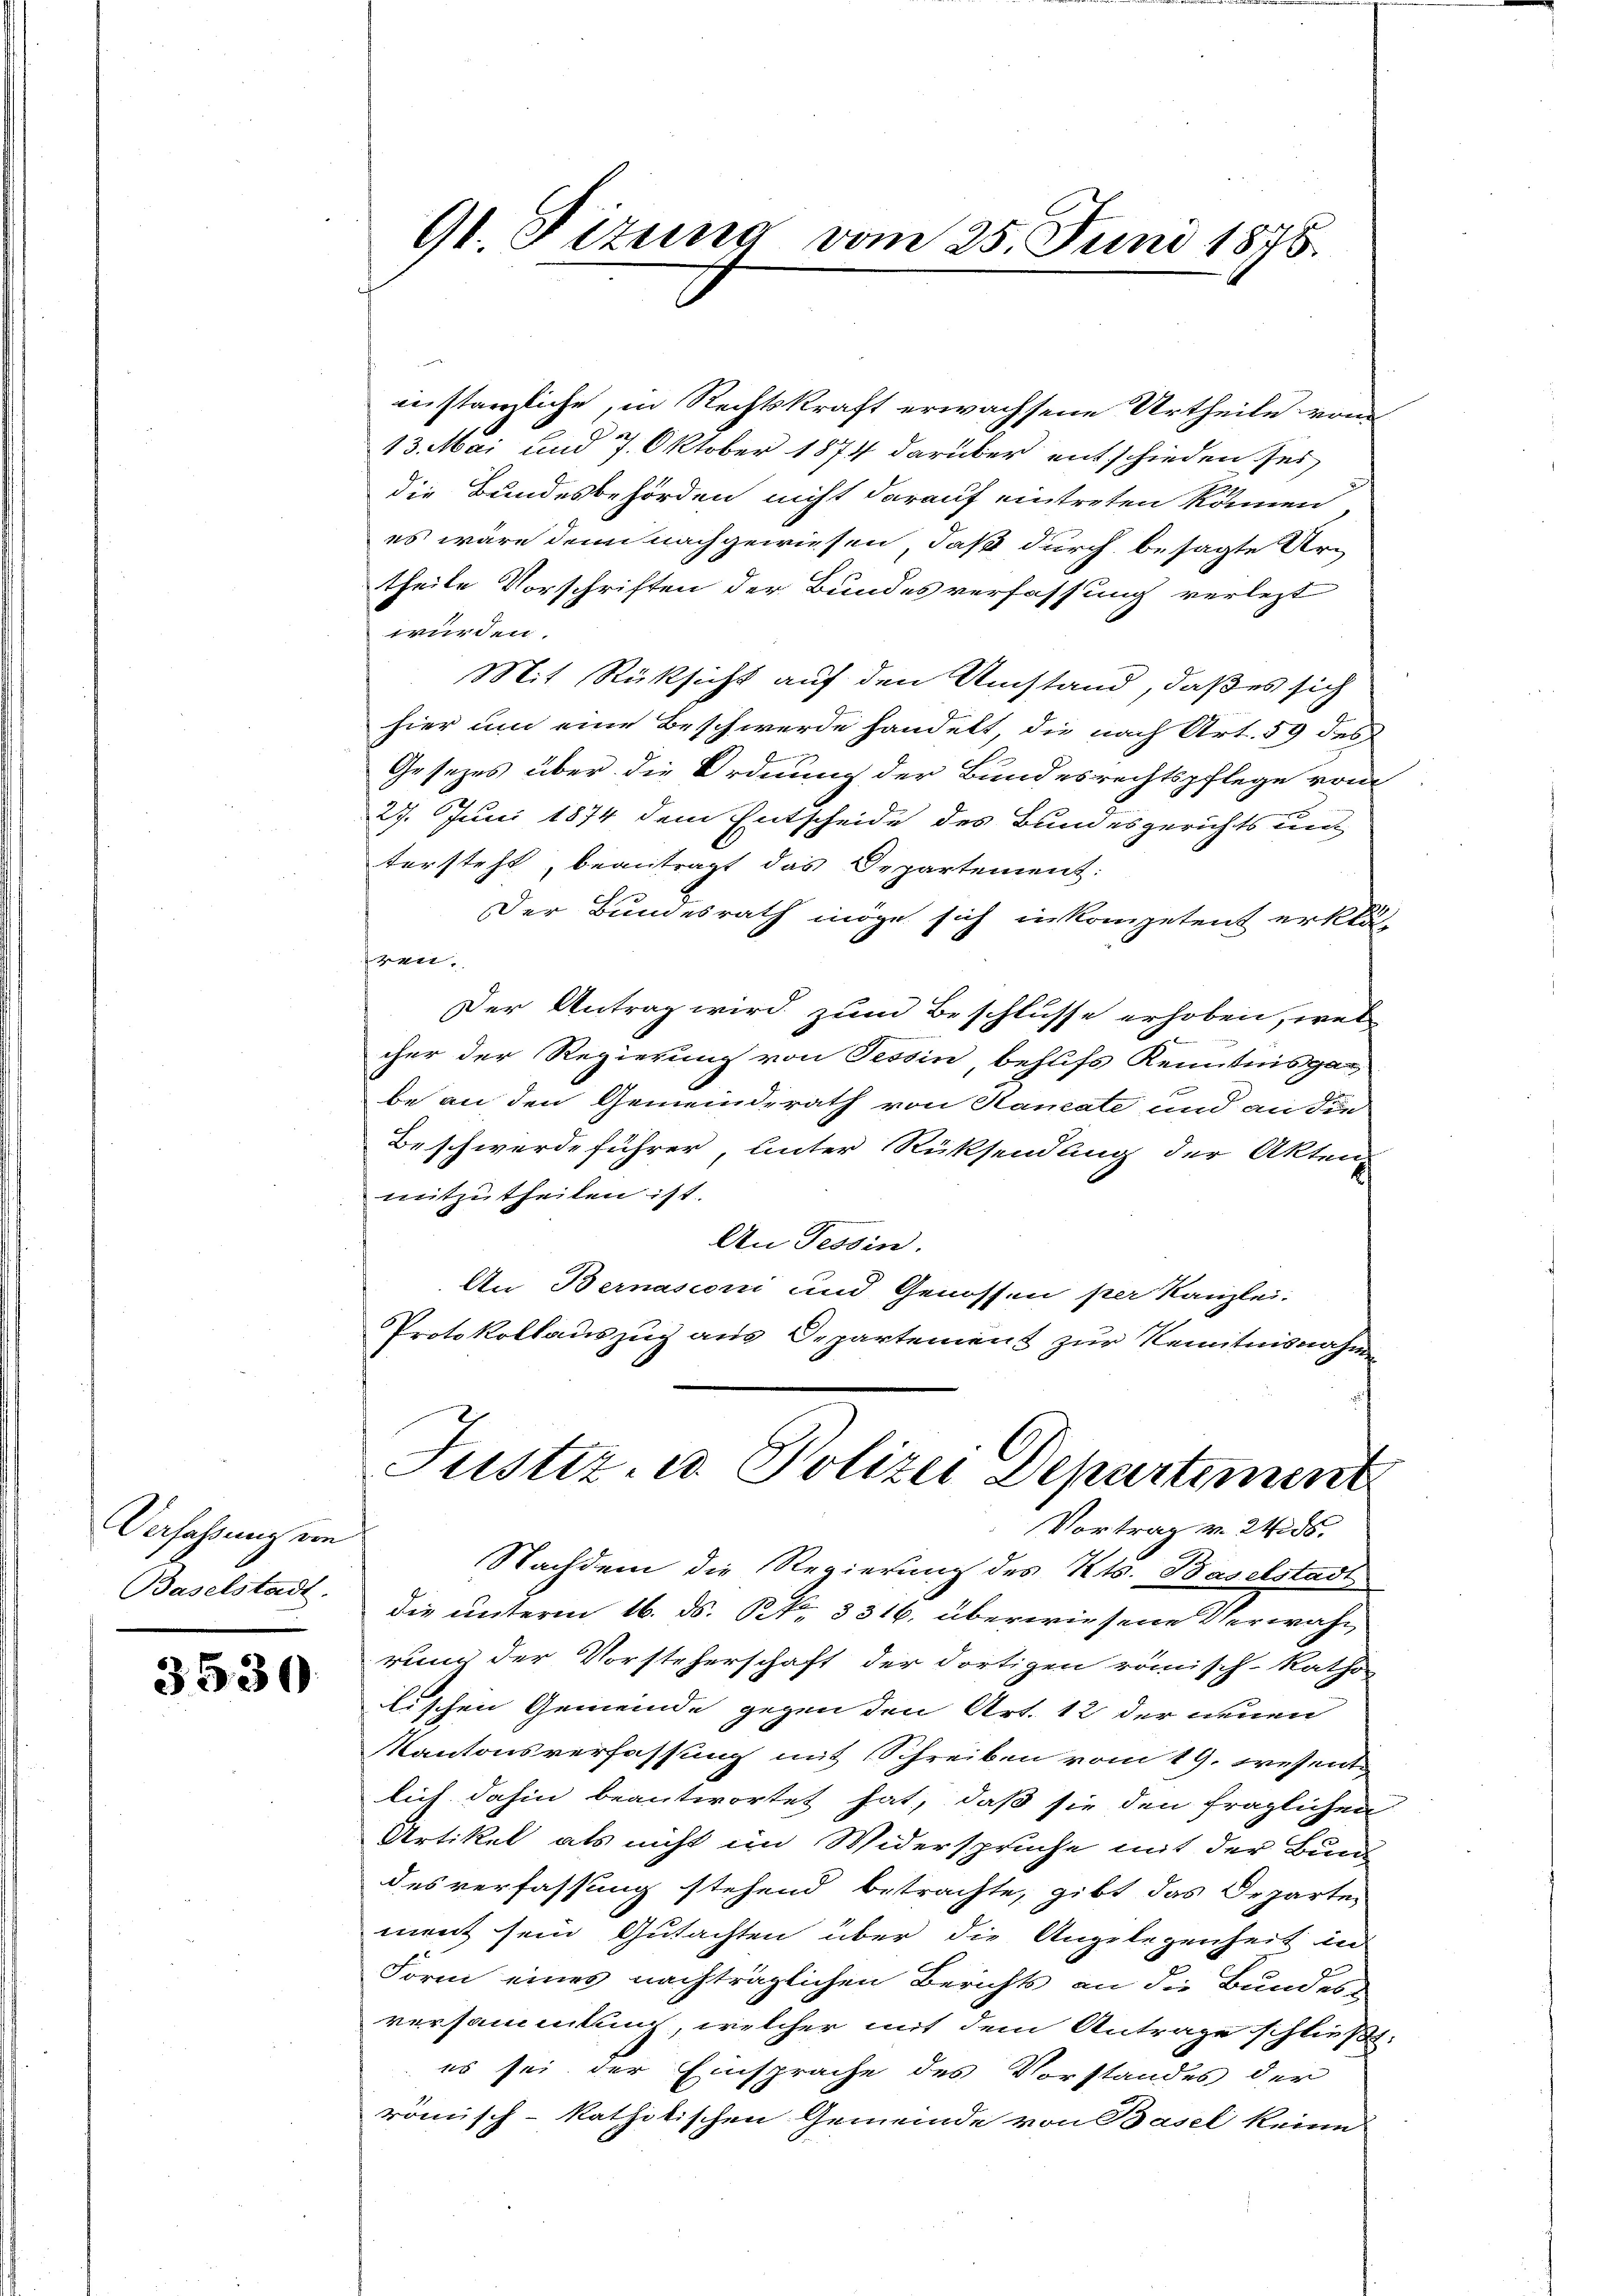
Verfassung von
Baselstadt.

3530

zustanzliche, in Rechtskraft erwachsene Urtheile vom
13. Mai und 7. Oktober 1874 darüber entschieden sei,
die Bundesbehörden nicht darauf eintreten können
es wäre denn nachgewiesen, daß durch besagte Urtheile Vorschriften der Bundesverfassung verlezt
würden.
Mit Rücksicht auf den Umstand, daß es sich
hier um eine Beschwerde handelt, die nach Art. 59 des
Gesezes über die Ordnung der Bundesrechtspflege vom
27. Juni 1874 dem Entscheide des Bundesgerichts unt
tersteht, beantragt das Departement:
Der Bundesrath möge sich in kompetent erklä-
hren.
Der Antrag wird zum Beschlusse erhoben, wel
cher der Regierung von Tessin, behufs Kenntnisgabe an den Gemeinderath von Kanate und an die
Beschwerde führer, unter Rücksendung der Akten
mitzutheilen ist.
An Tessin.
An Bernasconi und Genossen per Kanzlei.
Protokollauszug aus Departement zur Kenntnisnahme

9t. Fizung vom 25. Juni 1875.

Justiz- u. Polizei Dehartement
Vortrag v. 24286.

Nachdem die Regierung des Kts. Baselstadt
die unterm 16. ds. PR. § 516. überwiesene Verwahr
rung der Vorsteherschaft der dortigen römisch-katho
lischen Gemeinde gegen den Art. 12 der neuen
Kantonsverfassung mit Schreiben vom 19. Wesent
lich dahin beantwortet hat, daß sie den fraglichen
Artikel als nicht im Widersprüche mit der Bun
desverfassung stehend betrachte, gibt das Orzarten
ment sein Gutachten über die Angelegenheit in
Form eines nachträglichen Berichts an die Bundes-
versammlung, welcher mit dem Antrage schließt,
es sei der Einsprache des Vorstandes der
römisch-katholischen Gemeinde von Basel keine